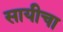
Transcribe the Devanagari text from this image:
सायीचा